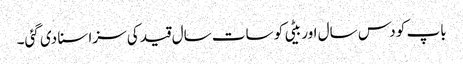
باپ کو دس سال اور بیٹی کو سات سال قید کی سزا سنا دی گئی۔